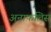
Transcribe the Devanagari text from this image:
अनाफलिस